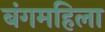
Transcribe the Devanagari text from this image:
बंगमहिला